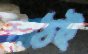
পাঠই